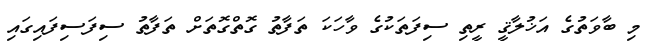
މި ބާވަތުގެ އަޚުލާޤީ ރީތި ސިފަތަކުގެ ވާހަކަ ތަފާތު ގޮތްގޮތަށް ތަފާތު ސިފަސިފައިގައި